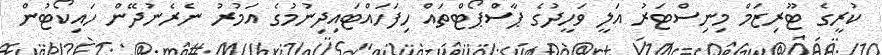
ކުރީގެ ޓޫރިޒަމް މިނިސްޓަރު އަލީ ވަހީދުގެ ޕާސްޕޯޓްތައް ހިފަހައްޓައިދިނުމުގެ އަމުރު ނެރެނުދޭން ހައިކޯޓުން